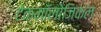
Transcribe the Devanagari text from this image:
टेक्नॉलोजिकल